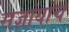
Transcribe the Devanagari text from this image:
सज्ञांयांच